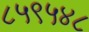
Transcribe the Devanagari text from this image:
८५९५४८